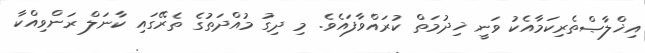
އިޚްލާޞްތެރިކަމާއެކު ވަނީ ޚިދުމަތް ކުރައްވާފައެވެ. މި ދިގު މުއްދަތުގެ ތެރޭގައި ކާނަލް ރަންވިއްކާ